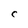
Character: C